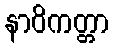
နာဝိကတ္တာ